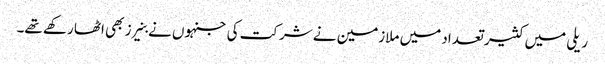
ریلی میں کثیر تعداد میں ملازمین نے شرکت کی جنہوں نے بنیرز بھی اٹھا رکھے تھے۔